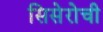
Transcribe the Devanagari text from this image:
सिसेरोची